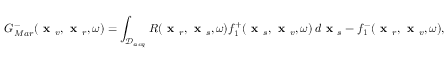
G _ { M a r } ^ { - } ( \textbf { x } _ { v } , \textbf { x } _ { r } , \omega ) = \int _ { \mathcal { D } _ { a c q } } R ( \textbf { x } _ { r } , \textbf { x } _ { s } , \omega ) f _ { 1 } ^ { + } ( \textbf { x } _ { s } , \textbf { x } _ { v } , \omega ) \, d \textbf { x } _ { s } - f _ { 1 } ^ { - } ( \textbf { x } _ { r } , \textbf { x } _ { v } , \omega ) ,